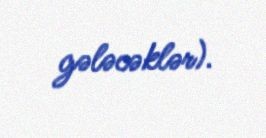
gələcəklər).